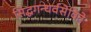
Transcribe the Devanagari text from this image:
सिद्धगन्धर्वसेविते